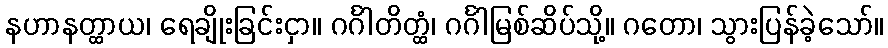
နဟာနတ္ထာယ၊ ရေချိုးခြင်းငှာ။ ဂင်္ဂါတိတ္ထံ၊ ဂင်္ဂါမြစ်ဆိပ်သို့။ ဂတော၊ သွားပြန်ခဲ့သော်။